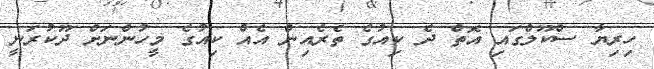
ހިރިޔާ ސްކޫލްގައި އޮތް ދެ ކިއުގެ ތެރެއިން އެއް ކިއުގެ މީހުންނަށް ދޫކުރަނީ